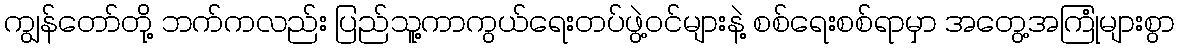
ကျွန်တော်တို့ ဘက်ကလည်း ပြည်သူ့ကာကွယ်ရေးတပ်ဖွဲ့ဝင်များနဲ့ စစ်ရေးစစ်ရာမှာ အတွေ့အကြုံများစွာ